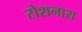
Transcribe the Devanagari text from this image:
रोशनारा